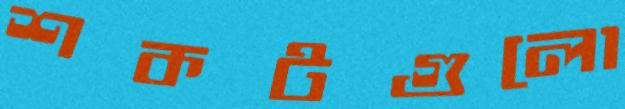
শকটগুলো